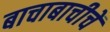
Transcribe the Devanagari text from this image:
बाचाबाचीचें